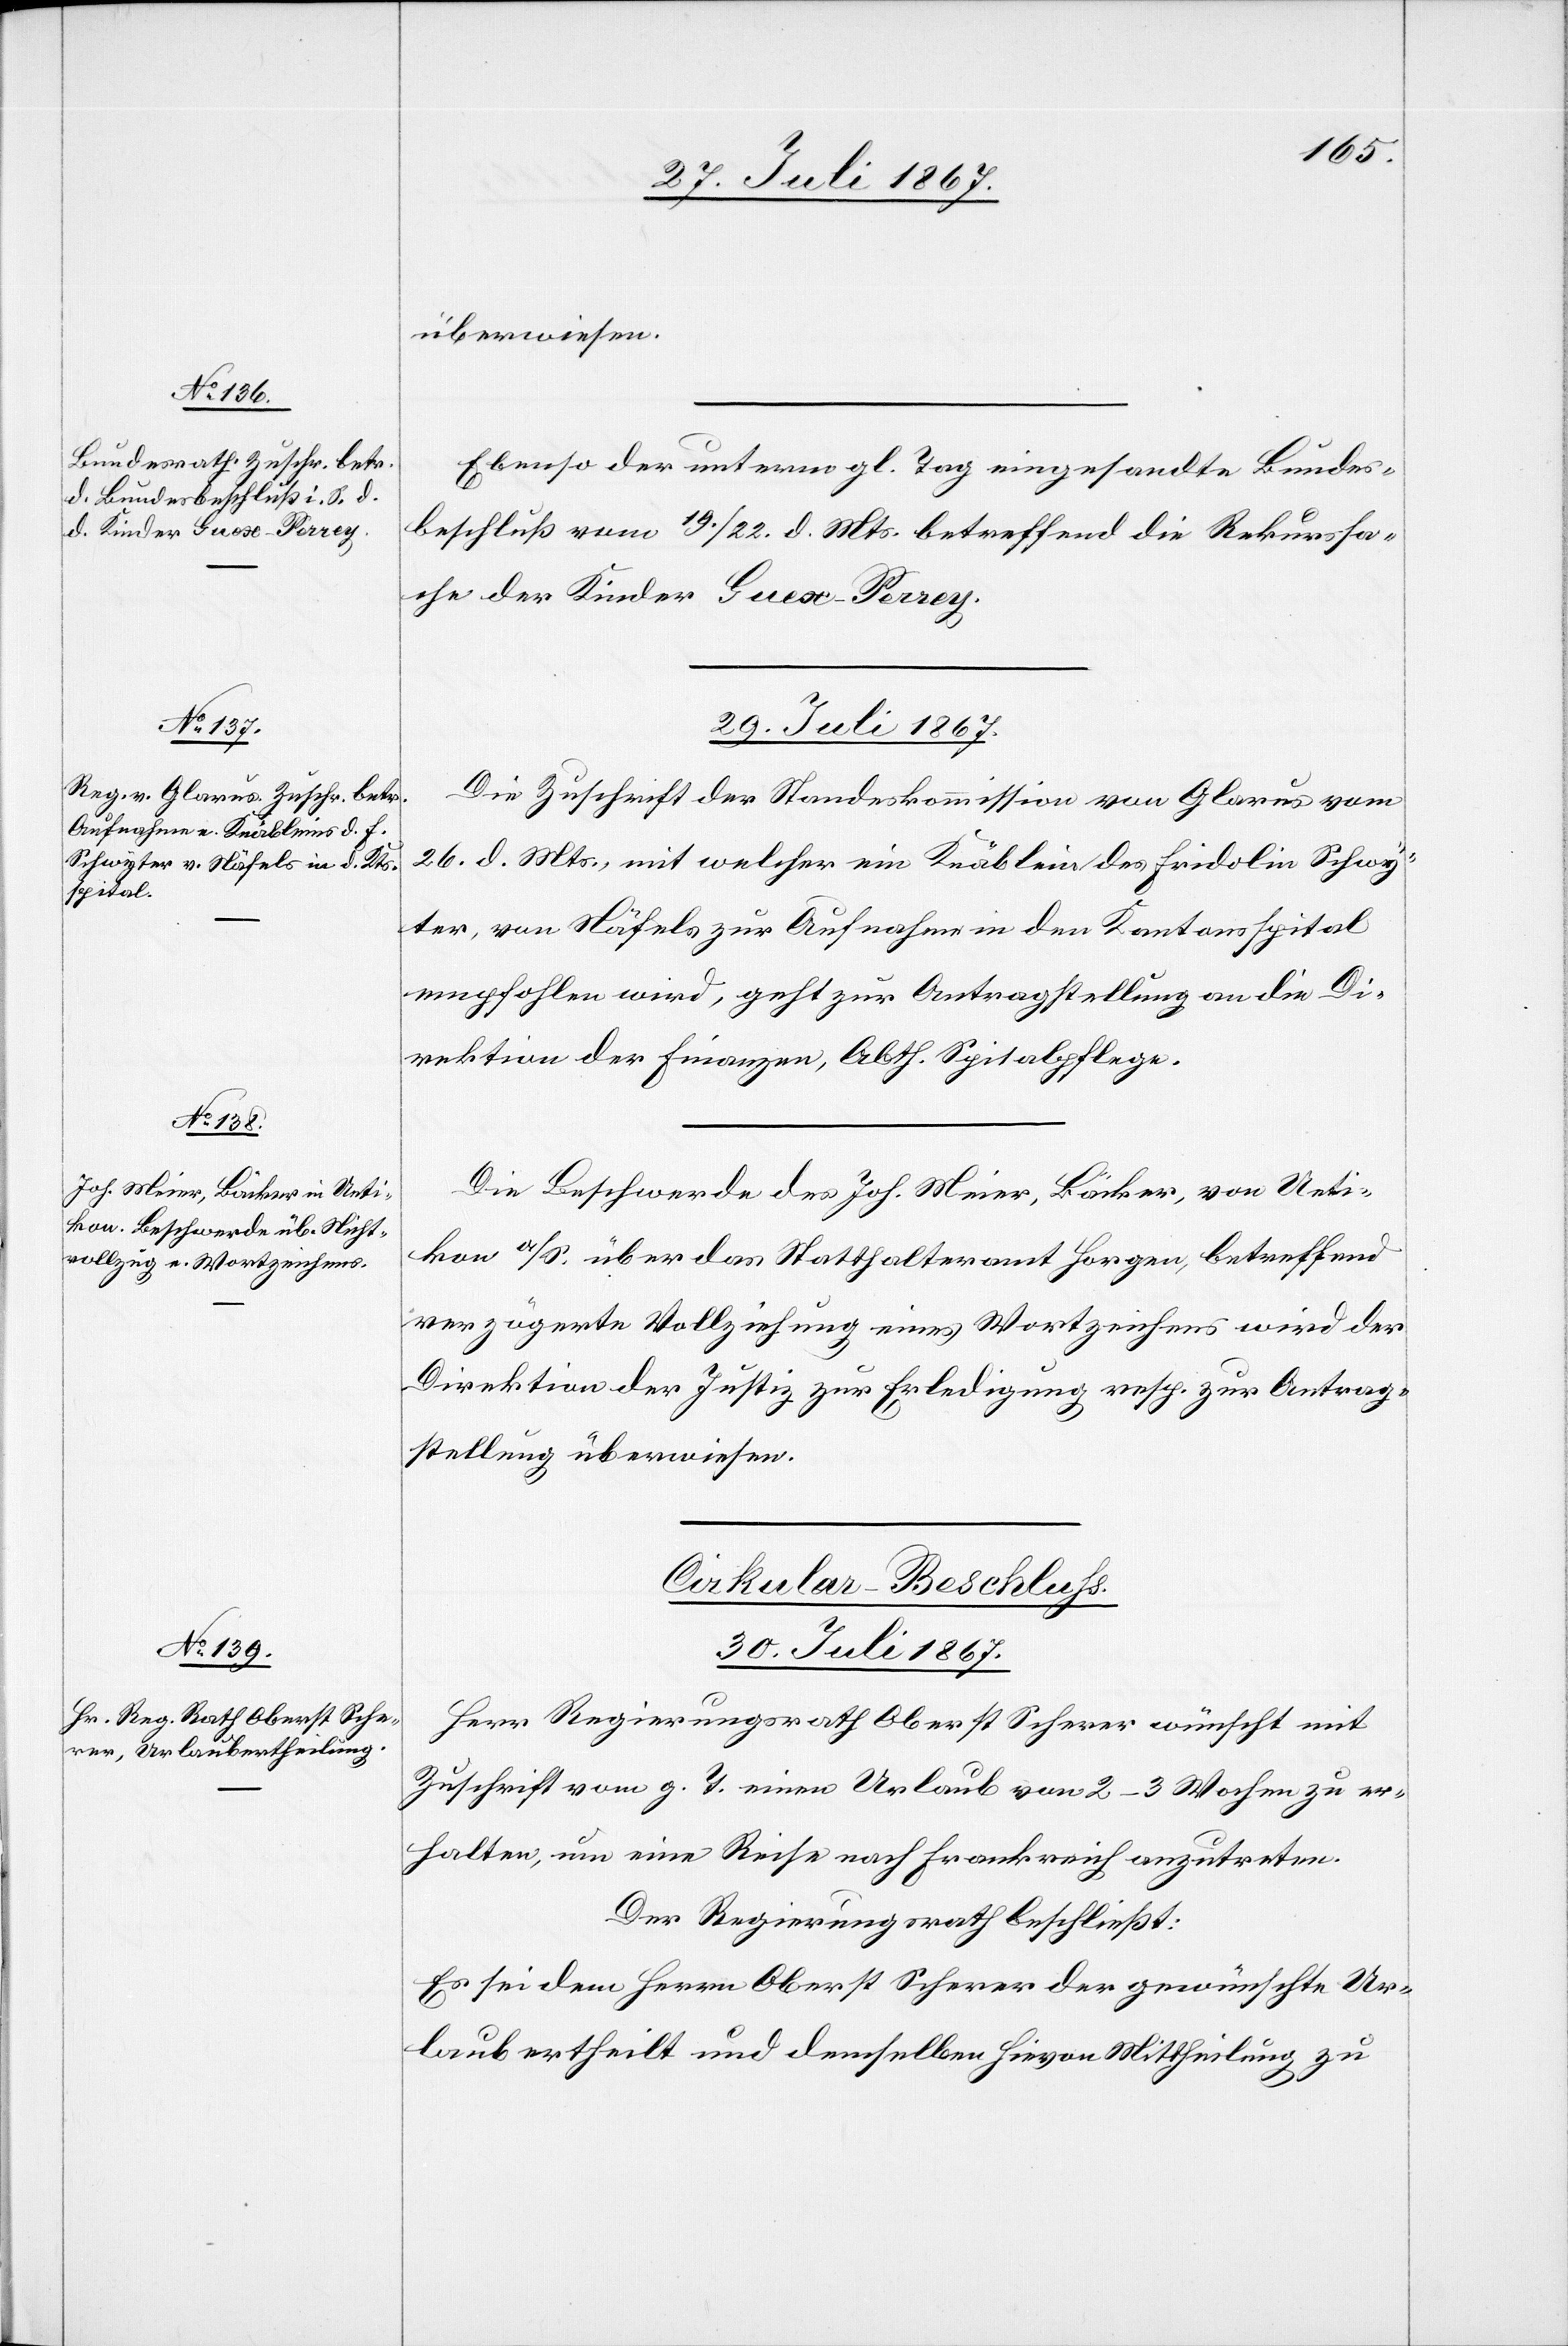
29. Juli 1867.]
überwiesen.
Ebenso der unterm gl. Tag eingesandte Bundes¬
beschluß vom 19./22. d. Mts. betreffend die Rekurssa¬
che der Kinder Guex-Perrey.
29. Juli 1867.
Die Zuschrift der Standeskommission von Glarus vom
26. d. Mts., mit welcher ein Knäblein des Fridolin Schwy¬
ter, von Näfels zur Aufnahme in den Kantonsspital
empfohlen wird, geht zur Antragstellung an die Di¬
rektion der Finanzen, Abth. Spitalpflege.
Die Beschwerde des Joh. Meier, Bäcker, von Ueti¬
kon a/S. über das Statthalteramt Horgen, betreffend
verzögerte Vollziehung eines Wortzeichens wird der
Direktion der Justiz zur Erledigung resp. zur Antrag¬
stellung überwiesen.
Cirkular-Beschluß.
30. Juli 1867.
Herr Regierungsrath Oberst Scherer wünscht mit
Zuschrift vom g. T. einen Urlaub von 2–3 Wochen zu er¬
halten, um eine Reise nach Frankreich anzutreten.
Der Regierungsrath beschließt:
Es sei dem Herrn Oberst Scherer der gewünschte Ur¬
laub ertheilt und demselben hievon Mittheilung zu